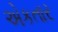
એકતાર